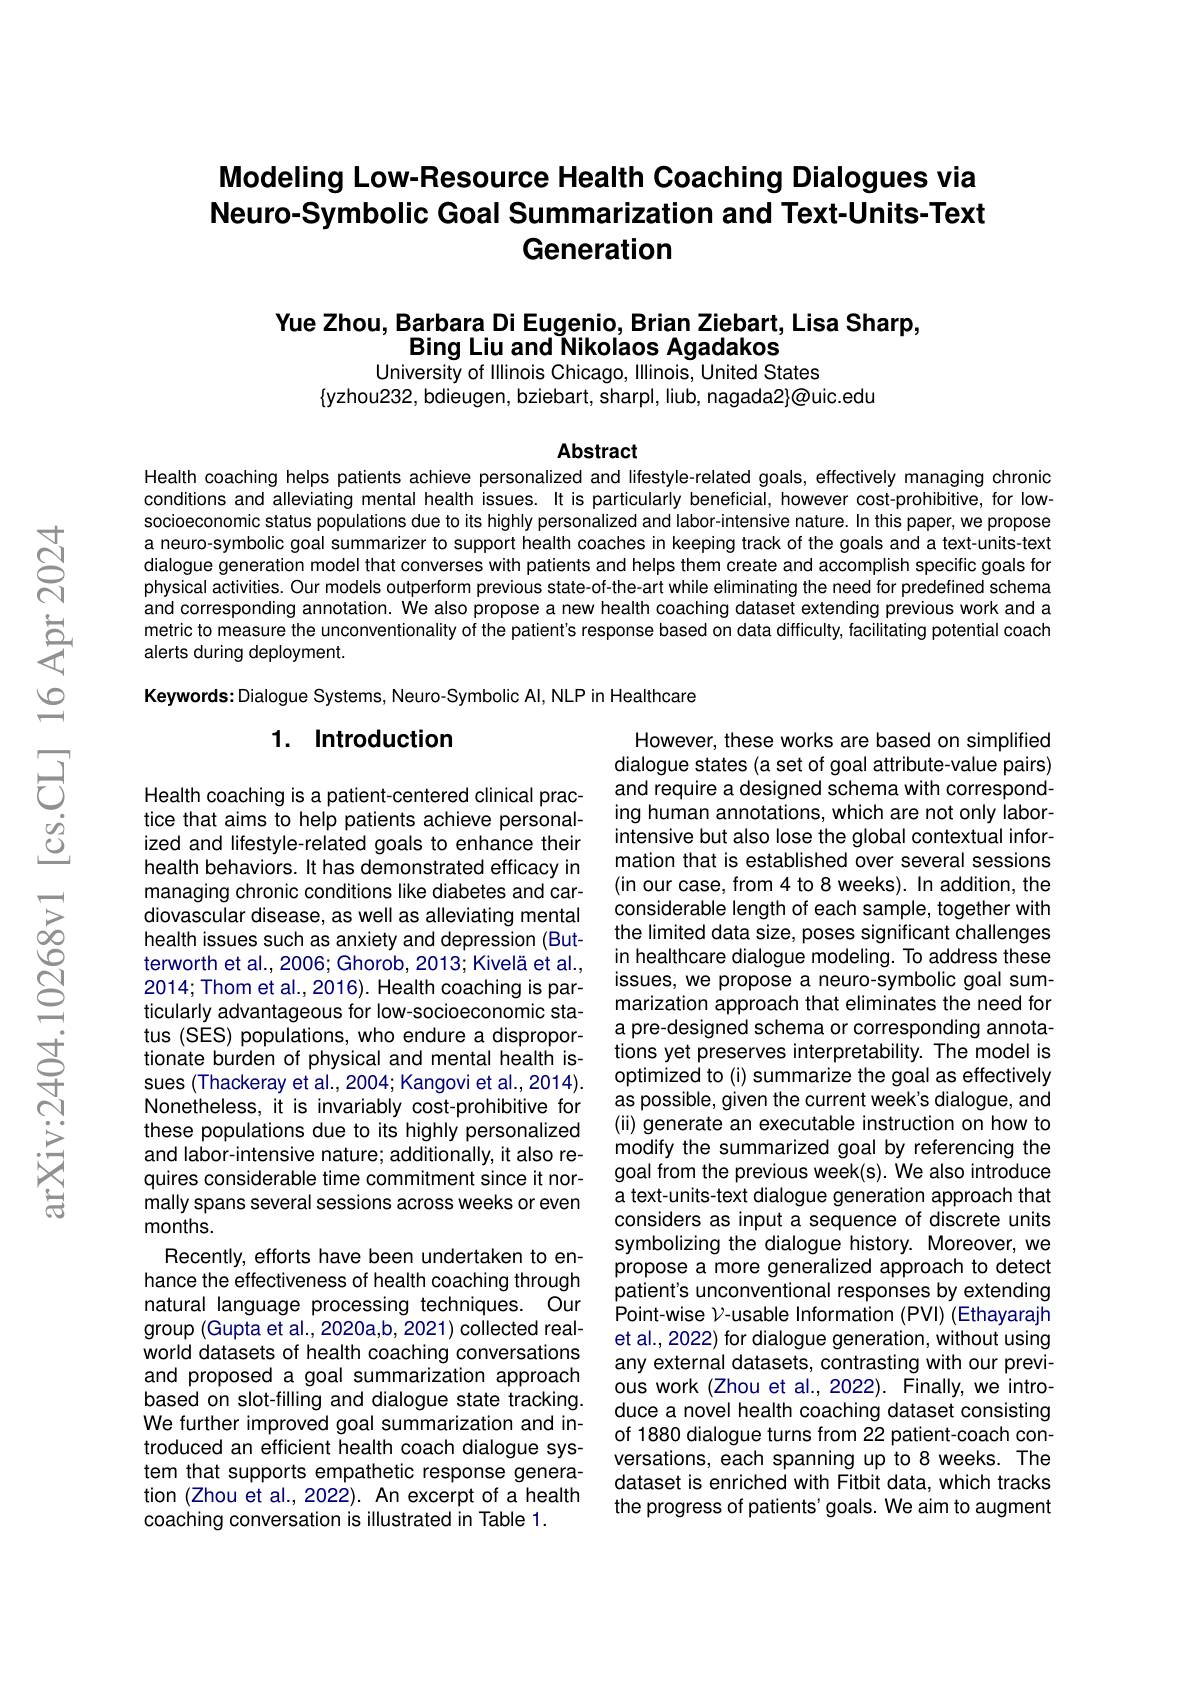
# Modeling Low-Resource Health Coaching Dialogues via Neuro-Symbolic Goal Summarization and Text-Units-Text Generation

# Yue Zhou, Barbara Di Eugenio, Brian Ziebart, Lisa Sharp, Bing Liu and Nikolaos Agadakos

University of Illinois Chicago, Illinois, United States
$\{$yzhou232, bdieugen, bziebart, sharpl, liub, nagada2}@uic.edu

Abstract
Health coaching helps patients achieve personalized and lifestyle-related goals, effectively managing chronic

conditions and alleviating mental health issues. It is particularly beneficial, however cost-prohibitive, for lowsocioeconomic status populations due to its highly personalized and labor-intensive nature. In this paper, we propose a neuro-symbolic goal summarizer to support health coaches in keeping track of the goals and a text-units-text dialogue generation model that converses with patients and helps them create and accomplish specific goals for physical activities. Our models outperform previous state-of-the-art while eliminating the need for predefined schema and corresponding annotation. We also propose a new health coaching dataset extending previous work and a metric to measure the unconventionality of the patient's response based on data difficulty, facilitating potential coach alerts during deployment.

Keywords: Dialogue Systems, Neuro-Symbolic Al, NLP in Healthcare

### 1. Introduction

However, these works are based on simplified dialogue states (a set of goal attribute-value pairs) and require a designed schema with corresponding human annotations, which are not only laborintensive but also lose the global contextual information that is established over several sessions (in our case, from 4 to 8 weeks). In addition, the considerable length of each sample, together with the limited data size, poses significant challenges in healthcare dialogue modeling. To address these issues, we propose a neuro-symbolic goal summarization approach that eliminates the need for a pre-designed schema or corresponding annotations yet preserves interpretability. The model is optimized to (i) summarize the goal as effectively as possible, given the current week's dialogue, and (ii) generate an executable instruction on how to modify the summarized goal by referencing the goal from the previous week(s). We also introduce a text-units-text dialogue generation approach that considers as input a sequence of discrete units symbolizing the dialogue history. Moreover, we propose a more generalized approach to detect patient's unconventional responses by extending Point-wise $\mathcal{V}$-usable Information (PVI) (Ethayarajh et al., 2022) for dialogue generation, without using any external datasets, contrasting with our previous work (Zhou et al., 2022). Finally, we introduce a novel health coaching dataset consisting of 1880 dialogue turns from 22 patient-coach conversations, each spanning up to 8 weeks. The dataset is enriched with Fitbit data, which tracks the progress of patients' goals. We aim to augment

Health coaching is a patient-centered clinical practice that aims to help patients achieve personalized and lifestyle-related goals to enhance their health behaviors. It has demonstrated efficacy in managing chronic conditions like diabetes and cardiovascular disease, as well as alleviating mental health issues such as anxiety and depression (Butterworth et al., 2006; Ghorob, 2013; Kivelä et al., 2014; Thom et al., 2016). Health coaching is particularly advantageous for low-socioeconomic status (SES) populations, who endure a disproportionate burden of physical and mental health issues (Thackeray et al., 2004; Kangovi et al., 2014). Nonetheless, it is invariably cost-prohibitive for these populations due to its highly personalized and labor-intensive nature; additionally, it also requires considerable time commitment since it normally spans several sessions across weeks or even months.
Recently, efforts have been undertaken to enhance the effectiveness of health coaching through natural language processing techniques. Our group (Gupta et al., 2020a,b, 2021) collected realworld datasets of health coaching conversations and proposed a goal summarization approach based on slot-filling and dialogue state tracking. We further improved goal summarization and introduced an efficient health coach dialogue system that supports empathetic response generation (Zhou et al., 2022). An excerpt of a health coaching conversation is illustrated in Table 1.